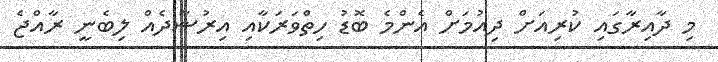
މި ދާއިރާގައި ކުރިއަށް ދިއުމަށް އެންމެ ބޮޑު ހިތްވަރަކާއި އިރުޝާދެއް ލިބެނީ ރާއްޖެ